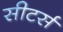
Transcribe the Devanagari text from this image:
सीटर्स